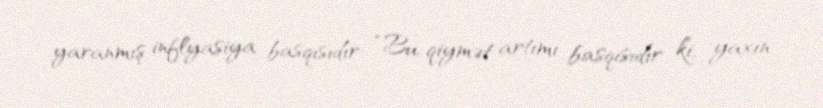
yaranmış inflyasiya basqısıdır: “Bu, qiymət artımı basqısıdır ki, yaxın